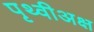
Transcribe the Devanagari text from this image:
पृथ्वीअक्ष